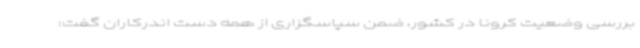
بررسی وضعیت کرونا در کشور، ضمن سپاسگزاری از همه دست اندرکاران گفت: